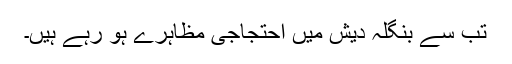
تب سے بنگلہ دیش میں احتجاجی مظاہرے ہو رہے ہیں۔